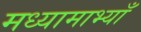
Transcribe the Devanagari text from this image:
मध्यामाभ्याँ